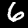
Digit: 6